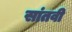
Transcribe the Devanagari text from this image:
सांतवी